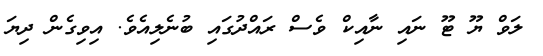
ލަވް ޔޫ ޓޫ ނައި ނާއިކް ވެސް ރައްދުގައި ބުނެލިއެވެ. އިވިގެން ދިޔަ